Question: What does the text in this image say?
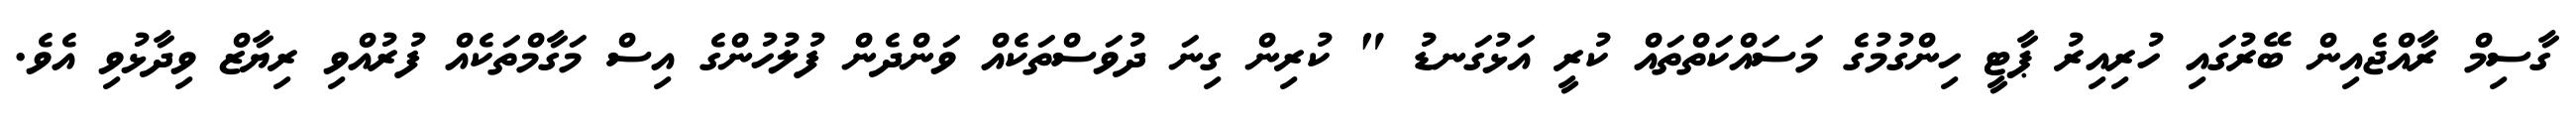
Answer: ގާސިމް ރާއްޖެއިން ބޭރުގައި ހުރިއިރު ޕާޓީ ހިންގުމުގެ މަސައްކަތްތައް ކުރީ އަޅުގަނޑު " ކުރިން ގިނަ ދުވަސްތަކެއް ވަންދެން ފުލުހުންގެ އިސް މަގާމްތަކެއް ފުރުއްވި ރިޔާޒް ވިދާޅުވި އެވެ.